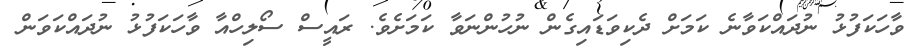
ވާހަކަފުޅު ނުދައްކަވާނެ ކަމަށް ދެކިވަޑައިގެން ނުހުންނަވާ ކަމަށެވެ. ރައީސް ސޯލިހްއާ ވާހަކަފުޅު ނުދައްކަވަން